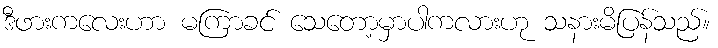
ဒီဖားကလေးဟာ မကြာခင် သေတော့မှာပါကလားဟု သနားမိပြန်သည်။